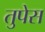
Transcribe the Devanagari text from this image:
तुपेस